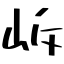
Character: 𡶜